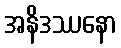
အနိဒဿနော